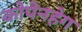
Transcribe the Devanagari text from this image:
कोपेनहेग